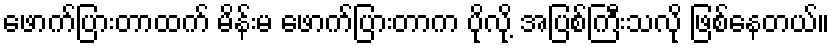
ဖောက်ပြားတာထက် မိန်းမ ဖောက်ပြားတာက ပိုလို့ အပြစ်ကြီးသလို ဖြစ်နေတယ်။